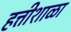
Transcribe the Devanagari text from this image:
हत्तीशाळा